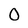
Character: 0